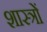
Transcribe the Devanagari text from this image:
शास्त्राें